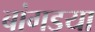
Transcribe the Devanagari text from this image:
बांगडया